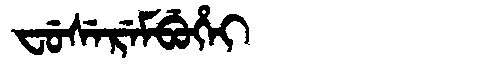
Manchu: ᠸᡠᠰᡝᡵᡝᠮᠪᡠᡥᡝᡳ
Romanization: FUSEREMBUHEI